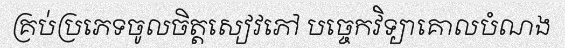
គ្រប់ប្រភេទចូលចិត្តសៀវភៅ បច្ចេកវិទ្យាគោលបំណង